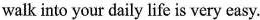
walk into your daily life is very easy.